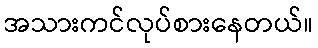
အသားကင်လုပ်စားနေတယ်။